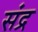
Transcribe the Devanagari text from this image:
संद्र